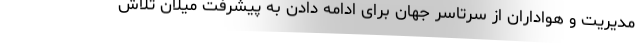
مدیریت و هواداران از سرتاسر جهان برای ادامه دادن به پیشرفت میلان تلاش